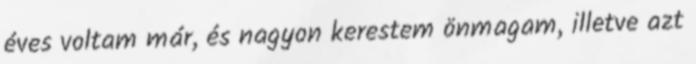
éves voltam már, és nagyon kerestem önmagam, illetve azt